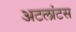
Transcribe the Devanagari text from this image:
अटलांटस